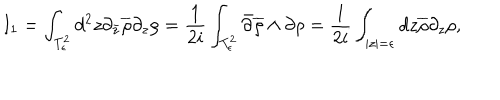
LaTeX: I _ { 1 } = \int _ { T _ { \epsilon } ^ { 2 } } d ^ { 2 } z \partial _ { \bar { z } } \overline { { { \rho } } } \partial _ { z } \rho = \frac { 1 } { 2 i } \int _ { T _ { \epsilon } ^ { 2 } } \bar { \partial } \overline { { { \rho } } } \wedge \partial \rho = \frac { 1 } { 2 i } \int _ { | z | = \epsilon } d z \overline { { { \rho } } } \partial _ { z } \rho ,